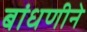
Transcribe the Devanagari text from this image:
बांधणीने